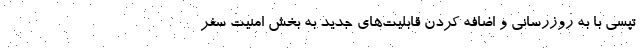
تپسی با به روزرسانی و اضافه کردن قابلیت‌های جدید به بخش امنیت سفر